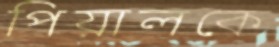
পিয়ালকে